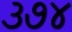
૩૭૪